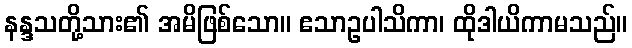
နန္ဒသတို့သား၏ အမိဖြစ်သော။ ဧသာဥပါသိကာ၊ ထိုဒါယိကာမသည်။